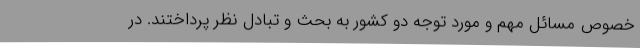
خصوص مسائل مهم و مورد توجه دو کشور به بحث و تبادل نظر پرداختند. در